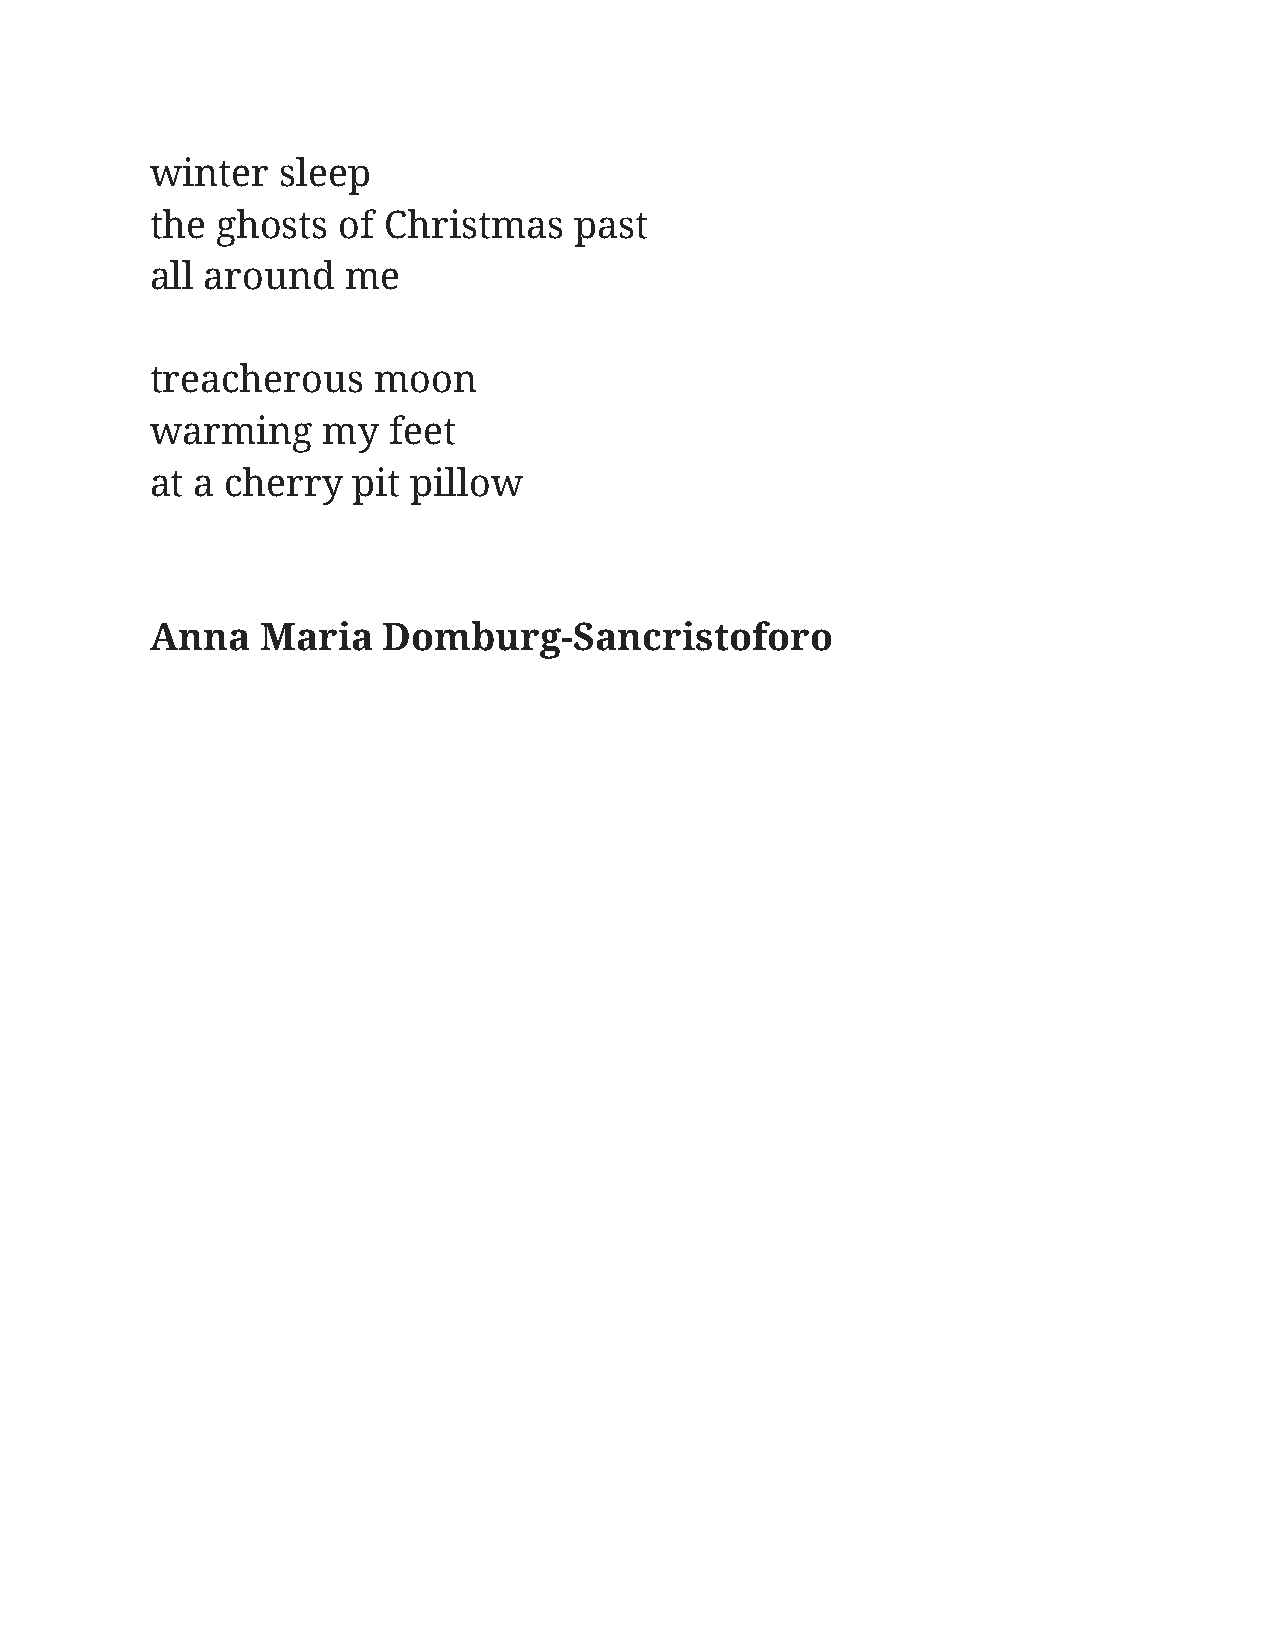
winter  sleep
 the ghosts  of Christmas    past
 all around   me
 treacherous    moon
 warming    my   feet
 at a cherry  pit pillow
 Anna   Maria   Domburg-Sancristoforo